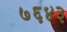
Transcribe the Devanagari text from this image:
७६४३